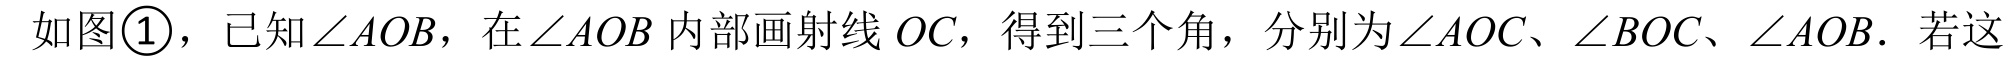
如图\textcircled{1}，已知\(\angle AOB\)，在\(\angle AOB\)内部画射线\(OC\)，得到三个角，分别为\(\angle AOC\)、\(\angle BOC\)、\(\angle AOB\). 若这